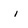
Character: i